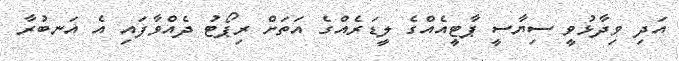
އަދި ވިދާޅުވީ ސިޔާސީ ޕާޓީއެއްގެ ލީޑަރެއްގެ އަތަށް ރިޕޯޓު ދެއްވާފައި އެ އަނބުރާ